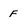
Character: F